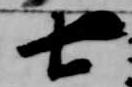
七